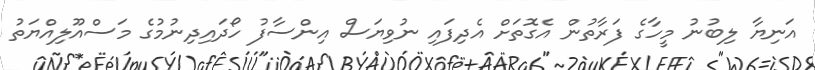
އަނިޔާ ލިބުނު މީހާގެ ފަރާތުން އެގޮތަށް އެދިފައި ނުވިޔަސް އިންސާފު ހޯދައިދިނުމުގެ މަސްއޫލިއްޔަތު